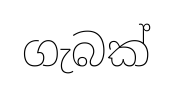
ගැබක්